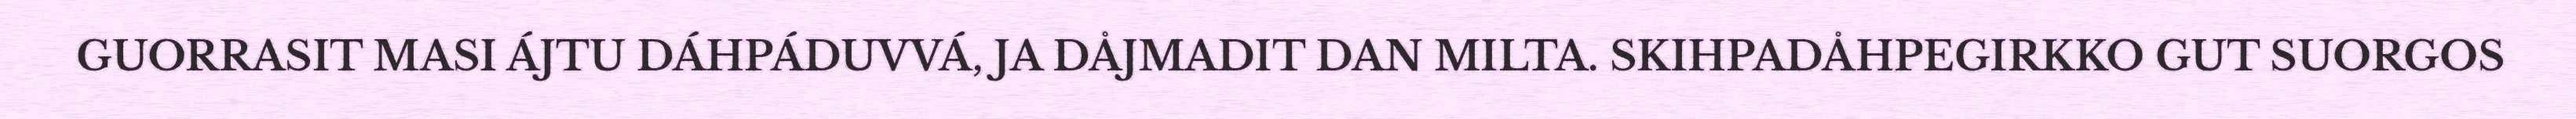
GUORRASIT MASI ÁJTU DÁHPÁDUVVÁ, JA DÅJMADIT DAN MILTA. SKIHPADÅHPEGIRKKO GUT SUORGOS